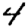
Digit: 4